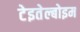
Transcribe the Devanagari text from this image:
टेइतेल्बोइम